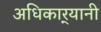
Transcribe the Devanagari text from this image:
अधिकार्‍यानी